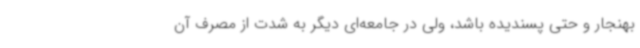
بهنجار و حتی پسندیده باشد، ولی در جامعه‌ای دیگر به شدت از مصرف آن